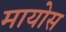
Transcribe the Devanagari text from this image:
मायोस